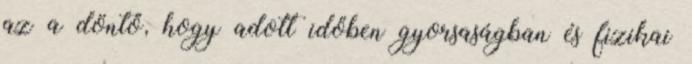
az a döntő, hogy adott időben gyorsaságban és fizikai